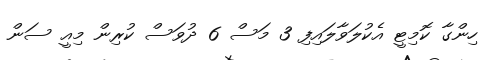
ހިންގާ ކޮމިޓީ އެކުލަވާލައިފި 3 މަސް 6 ދުވަސް ކުރިން މިއީ ސަން